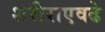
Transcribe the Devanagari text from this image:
शरीराएवढे